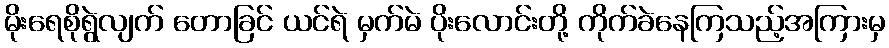
မိုးရေစိုရွဲလျက် တောခြင် ယင်ရဲ မှက်မဲ ပိုးလောင်းတို့ ကိုက်ခဲနေကြသည့်အကြားမှ